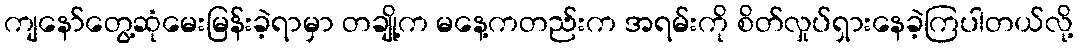
ကျနော်တွေ့ဆုံမေးမြန်းခဲ့ရာမှာ တချို့က မနေ့ကတည်းက အရမ်းကို စိတ်လှုပ်ရှားနေခဲ့ကြပါတယ်လို့